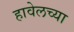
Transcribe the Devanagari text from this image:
हावेलच्या